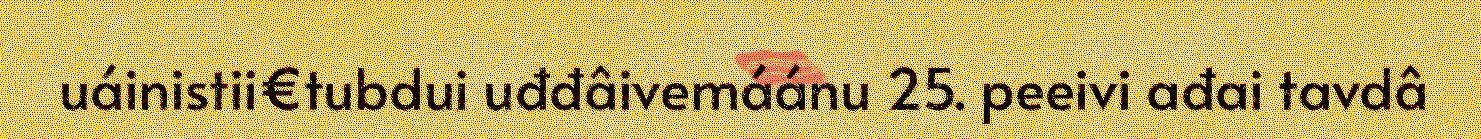
uáinistii€tubdui uđđâivemáánu 25. peeivi ađai tavdâ